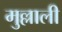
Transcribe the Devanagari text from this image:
मुल्लाली